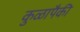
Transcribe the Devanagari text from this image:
कुळापैकी